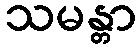
သမန္တာ